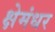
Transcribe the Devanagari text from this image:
क्षेमंधर